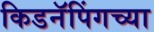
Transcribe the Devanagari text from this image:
किडनॅपिंगच्या